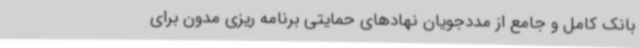
بانک کامل و جامع از مددجویان نهادهای حمایتی برنامه ریزی مدون برای